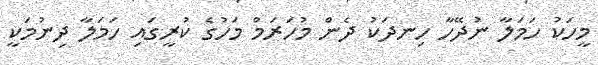
މީހަކު ހަމަލާ ނުދޭހާ ހިނދަކު ދެން މުހަރަމް މަހުގެ ކުރީގައި ހަމަލާ ދިނުމަކީ